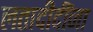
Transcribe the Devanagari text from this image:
लतादीदींना